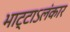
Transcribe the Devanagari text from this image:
भाट्टाऽलंकार